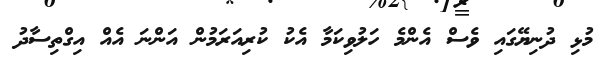
މުޅި ދުނިޔޭގައި ވެސް އެންމެ ހަލުވިކަމާ އެކު ކުރިއަރަމުން އަންނަ އެއް އިގްތިސާދު